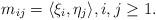
LaTeX: \begin{align*}m_{ij} = \langle \xi_i,\eta_j\rangle,i,j\geq 1.\end{align*}